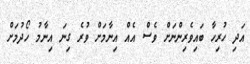
އަދި ހުރިހާ ބައިވެރިންނަށް ވެސް އެއް އިނާމަށް ވުރެ ގިނަ އިނާމު ހޯދުމަށް